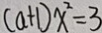
( a + 1 ) x ^ { 2 } = 3